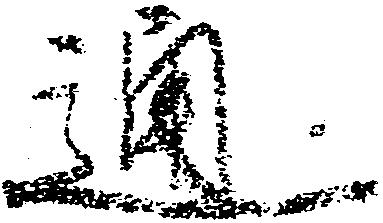
通